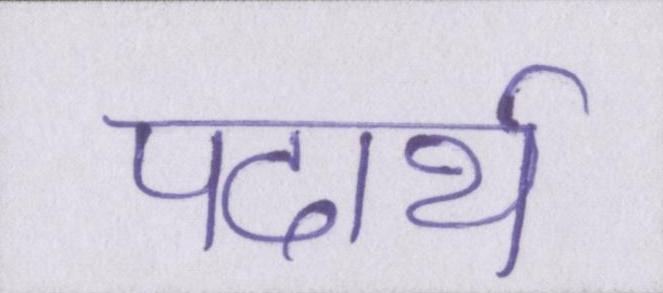
पदार्थ